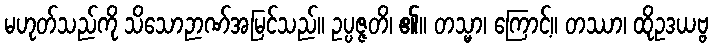
မဟုတ်သည်ကို သိသောဉာဏ်အမြင်သည်။ ဥပ္ပဇ္ဇတိ၊ ၏။ တသ္မာ၊ ကြောင့်။ တဿာ၊ ထိုဥဒယဗ္ဗ